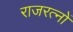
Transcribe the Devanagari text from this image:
राजरत्नों